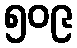
၅၀၉